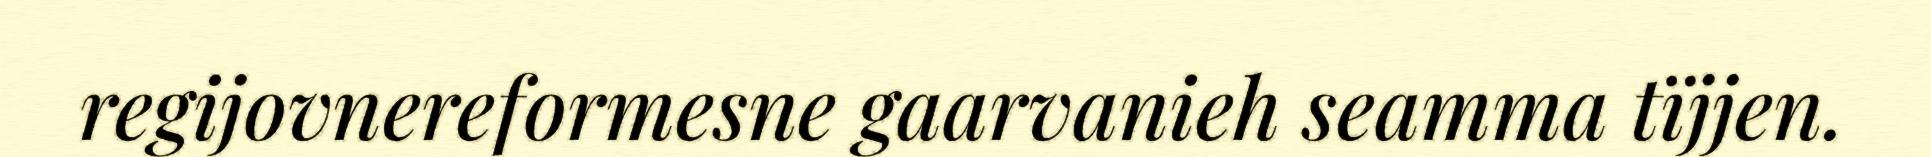
regijovnereformesne gaarvanieh seamma tïjjen.